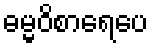
ဓမ္မဝိစာရေပေ